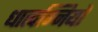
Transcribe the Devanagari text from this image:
धात्वग्नियों